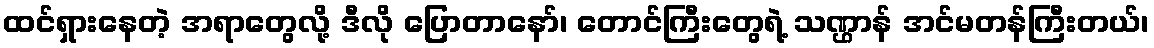
ထင်ရှားနေတဲ့ အရာတွေလို့ ဒီလို ပြောတာနော်၊ တောင်ကြီးတွေရဲ့ သဏ္ဌာန် အင်မတန်ကြီးတယ်၊